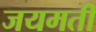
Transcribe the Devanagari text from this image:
जयमती